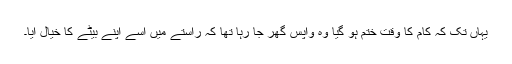
یہاں تک کہ کام کا وقت ختم ہو گیا وہ واپس گھر جا رہا تھا کہ راستے میں اسے اپنے بیٹے کا خیال آیا۔